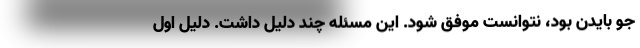
جو بایدن بود، نتوانست موفق شود. این مسئله چند دلیل داشت. دلیل اول